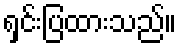
ရှင်းပြထားသည်။